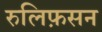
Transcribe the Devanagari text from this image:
रुलिफ़सन